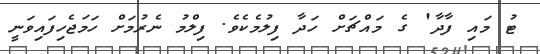
ޓު މައި ފާދާ' ގެ މައްޗަށް ހަދާ ފިލުމެކެވެ. ފިލްމު ނެރުމަށް ހަމަޖެހިފައިވަނީ